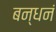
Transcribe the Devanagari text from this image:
बन्धनं